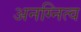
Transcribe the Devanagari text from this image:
अनग्नित्व